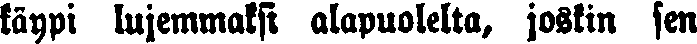
käypi lujemmaksi alapuolelta, joskin sen